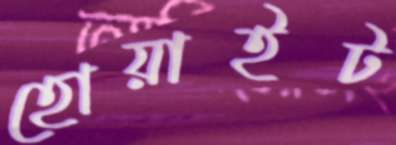
হোয়াইট